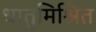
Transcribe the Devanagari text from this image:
धातुमिश्रित